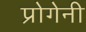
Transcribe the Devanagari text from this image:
प्रोगेनी